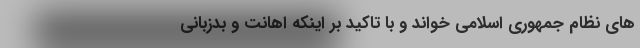
های نظام جمهوری اسلامی خواند و با تاکید بر اینکه اهانت و بدزبانی